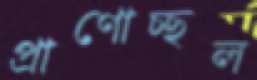
প্রাণোচ্ছল